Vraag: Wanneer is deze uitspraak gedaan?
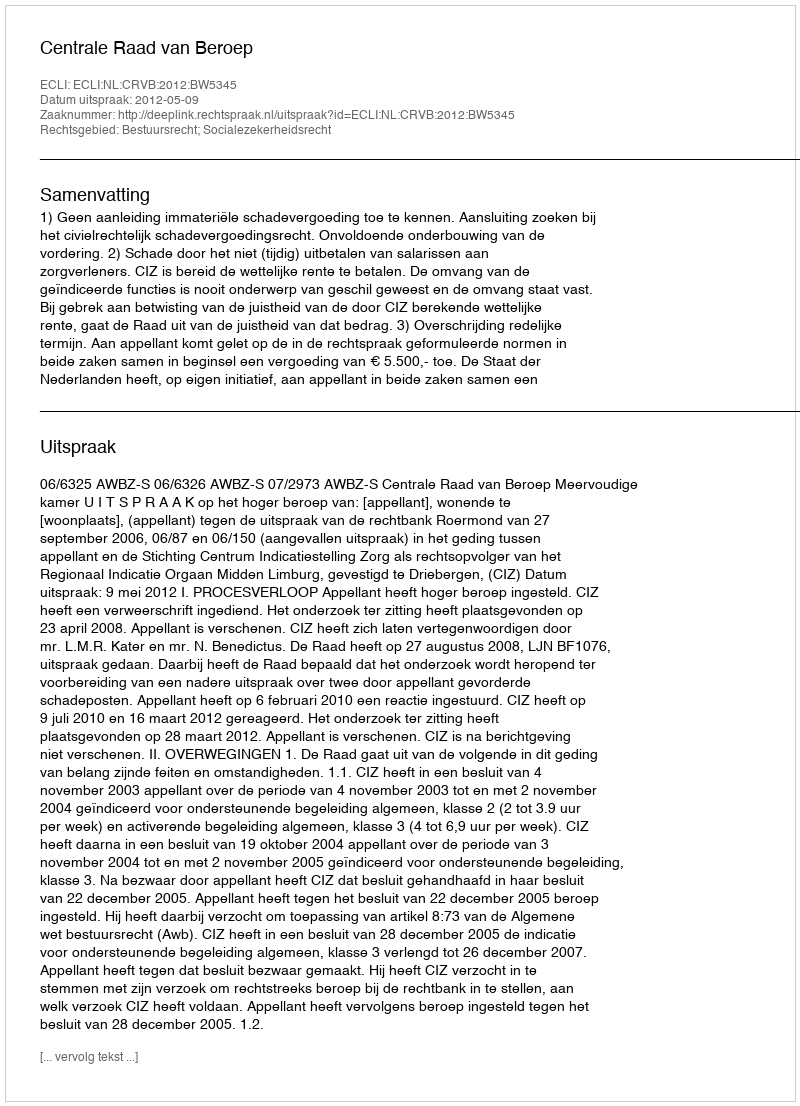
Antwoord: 2012-05-09